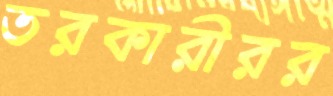
তরকারীরর